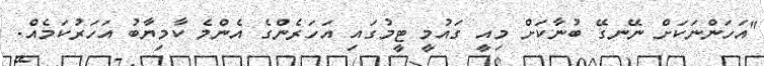
"އަހަންނަކަށް ނޭނގޭ ބުނާކަށް މިއީ ގައުމީ ޓީމުގައި އަހަރެންގެ އެންމެ ކާމިޔާބު އަހަރުކަމެއް.